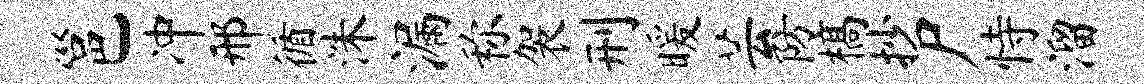
邕冲邢循洙漏称袈刑暖芸防槁抄尸恃溜